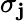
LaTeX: \sigma_{\mathbf{j}}